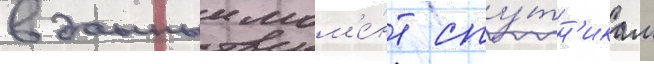
в данныи мом'е́нт спу́тн'икам